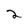
Character: 2